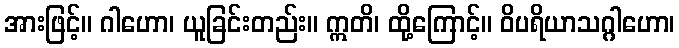
အားဖြင့်။ ဂါဟော၊ ယူခြင်းတည်း။ ဣတိ၊ ထို့ကြောင့်။ ဝိပရိယာသဂ္ဂါဟော၊